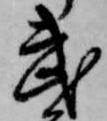
武